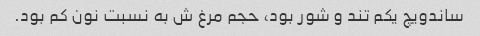
ساندویچ یکم تند و شور بود، حجم مرغ ش به نسبت نون کم بود.